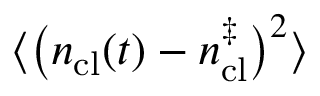
\big \langle \big ( n _ { \mathrm { c l } } ( t ) - n _ { \mathrm { c l } } ^ { \ddagger } \big ) ^ { 2 } \big \rangle